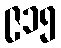
၉၁၅